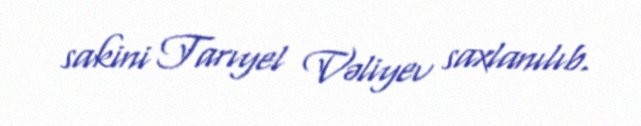
sakini Tarıyel Vəliyev saxlanılıb.